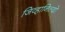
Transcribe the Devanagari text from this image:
जिव्हानिल्दो